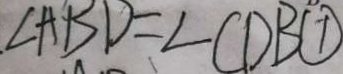
\angle A B D = \angle C D B \textcircled { 1 }